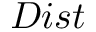
D i s t